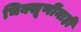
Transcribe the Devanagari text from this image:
भिक्खूणींनाही